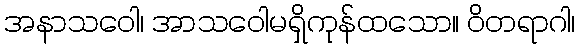
အနာသဝေါ၊ အာသဝေါမရှိကုန်ထသော။ ဝိတရာဂါ၊